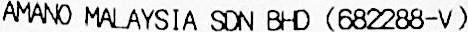
AMANO MALAYSIA SDN BHD (682288-V)